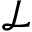
\mathscr { L }